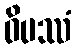
ဝိပဿံ